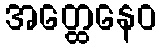
အတ္ထေနေဝ